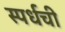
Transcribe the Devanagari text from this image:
स्पर्धची